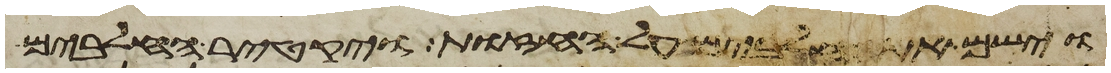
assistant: וישם את החלבים על החזות ויקטר החלבים